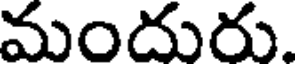
మందురు.